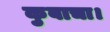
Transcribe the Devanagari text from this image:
कुबाचा।